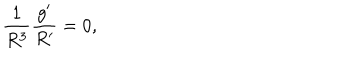
LaTeX: \frac { 1 } { R ^ { 3 } } \frac { g ^ { \prime } } { R ^ { \prime } } = 0 ,